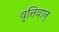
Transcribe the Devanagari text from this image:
वृत्तिवान्